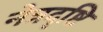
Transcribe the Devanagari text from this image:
नेत्रदृष्टि